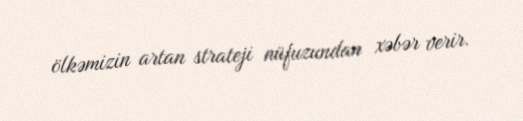
ölkəmizin artan strateji nüfuzundan xəbər verir.